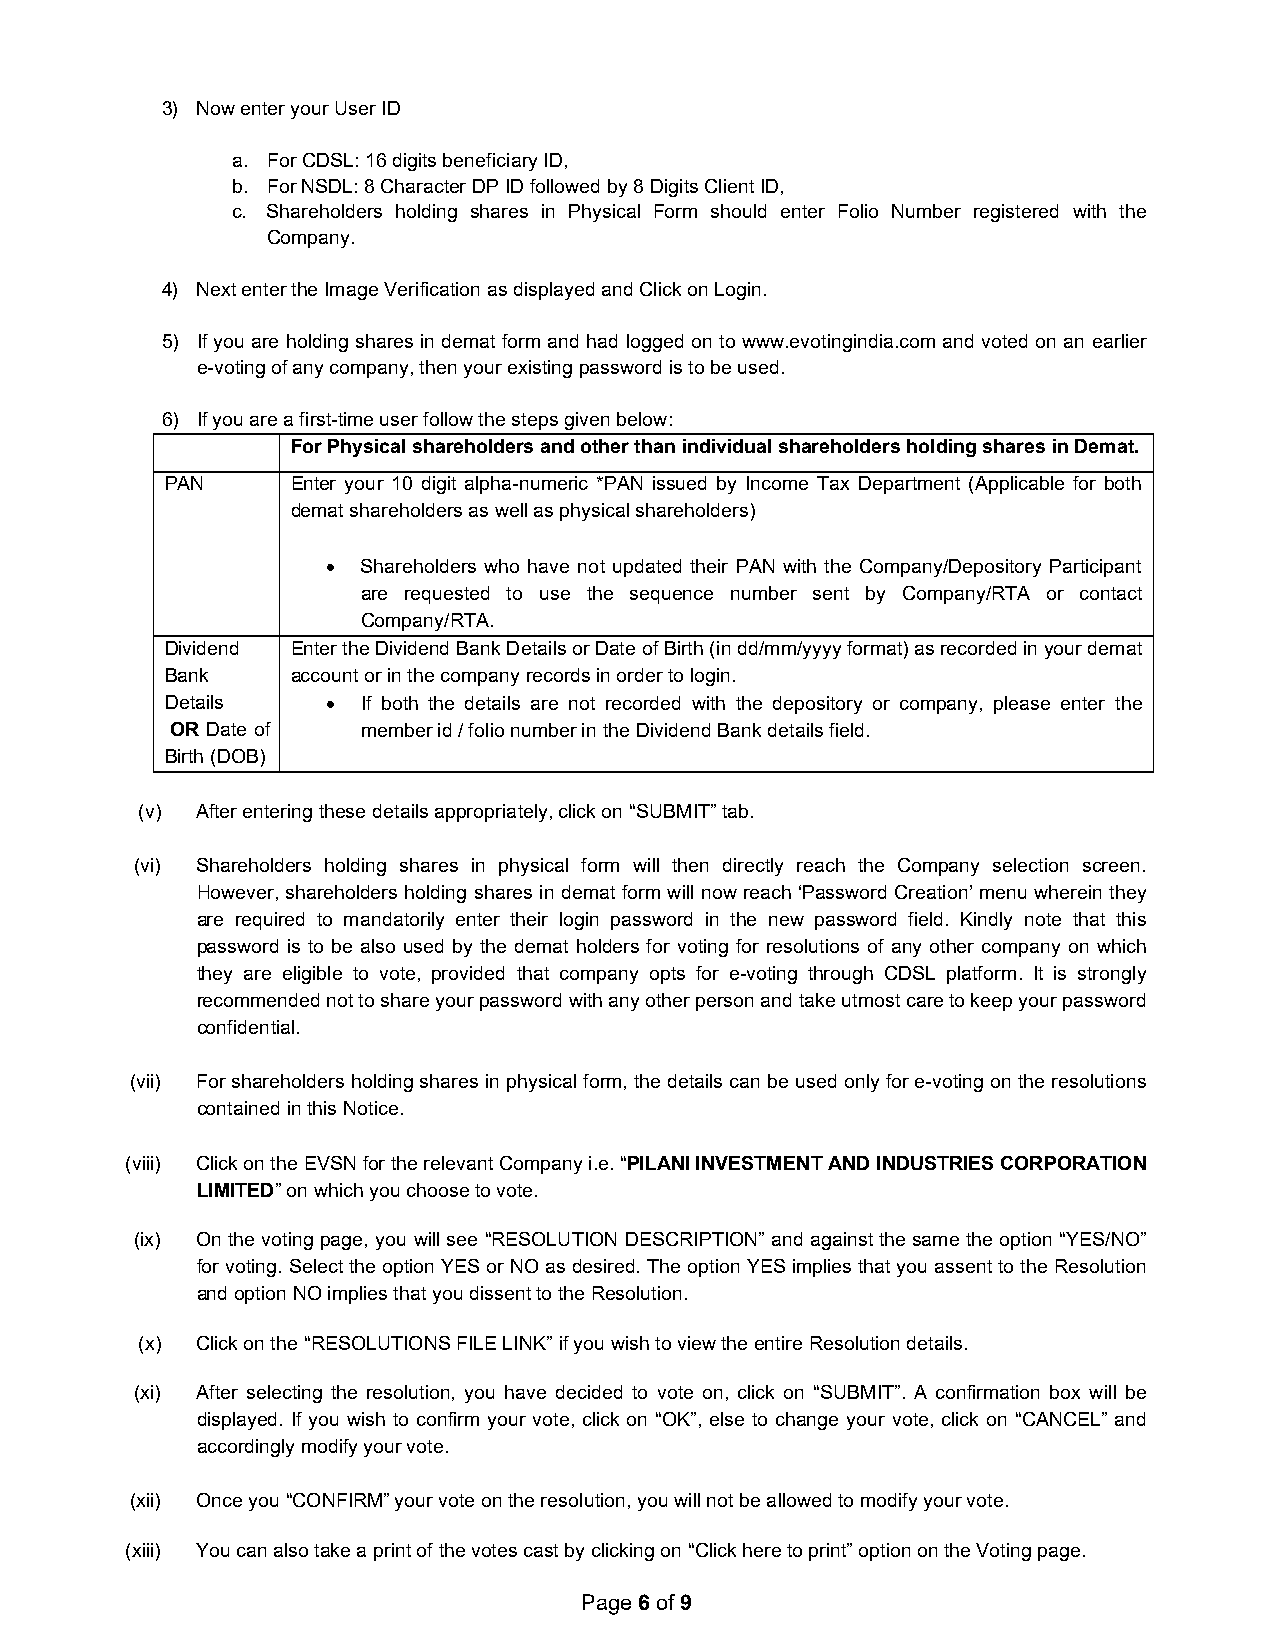
3) Now enter your User ID
 a. For CDSL: 16 digits beneficiary ID,
 b. For NSDL: 8 Character DP ID followed by 8 Digits Client ID,
 c. Shareholders holding shares in Physical Form should enter Folio Number registered with the
 Company.
 4) Next enter the Image Verification as displayed and Click on Login.
 5) If you are holding shares in demat form and had logged on to www.evotingindia.com and voted on an earlier
 e-voting of any company, then your existing password is to be used.
 6) If you are a first-time user follow the steps given below:
 For Physical shareholders and other than individual shareholders holding shares in Demat.
 PAN     Enter your 10 digit alpha-numeric *PAN issued by Income Tax Department (Applicable for both
 demat shareholders as well as physical shareholders)
  Shareholders who have not updated their PAN with the Company/Depository Participant
 are requested to use the sequence number sent by Company/RTA or contact
 Company/RTA.
 Dividend Enter the Dividend Bank Details or Date of Birth (in dd/mm/yyyy format) as recorded in your demat
 Bank    account or in the company records in order to login.
 Details     If both the details are not recorded with the depository or company, please enter the
 OR Date of   member id / folio number in the Dividend Bank details field.
 Birth (DOB)
 (v) After entering these details appropriately, click on “SUBMIT” tab.
 (vi) Shareholders holding shares in physical form will then directly reach the Company selection screen.
 However, shareholders holding shares in demat form will now reach ‘Password Creation’ menu wherein they
 are required to mandatorily enter their login password in the new password field. Kindly note that this
 password is to be also used by the demat holders for voting for resolutions of any other company on which
 they are eligible to vote, provided that company opts for e-voting through CDSL platform. It is strongly
 recommended not to share your password with any other person and take utmost care to keep your password
 confidential.
 (vii) For shareholders holding shares in physical form, the details can be used only for e-voting on the resolutions
 contained in this Notice.
 (viii) Click on the EVSN for the relevant Company i.e. “PILANI INVESTMENT AND INDUSTRIES CORPORATION
 LIMITED” on which you choose to vote.
 (ix) On the voting page, you will see “RESOLUTION DESCRIPTION” and against the same the option “YES/NO”
 for voting. Select the option YES or NO as desired. The option YES implies that you assent to the Resolution
 and option NO implies that you dissent to the Resolution.
 (x) Click on the “RESOLUTIONS FILE LINK” if you wish to view the entire Resolution details.
 (xi) After selecting the resolution, you have decided to vote on, click on “SUBMIT”. A confirmation box will be
 displayed. If you wish to confirm your vote, click on “OK”, else to change your vote, click on “CANCEL” and
 accordingly modify your vote.
 (xii) Once you “CONFIRM” your vote on the resolution, you will not be allowed to modify your vote.
 (xiii) You can also take a print of the votes cast by clicking on “Click here to print” option on the Voting page.
 Page 6 of 9